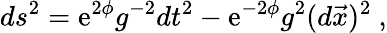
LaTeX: ds^{2}=\mathrm{e}^{2\phi}g^{-2}dt^{2}-\mathrm{e}^{-2\phi}g^{2}(d\vec{{x}})^{2}\ ,